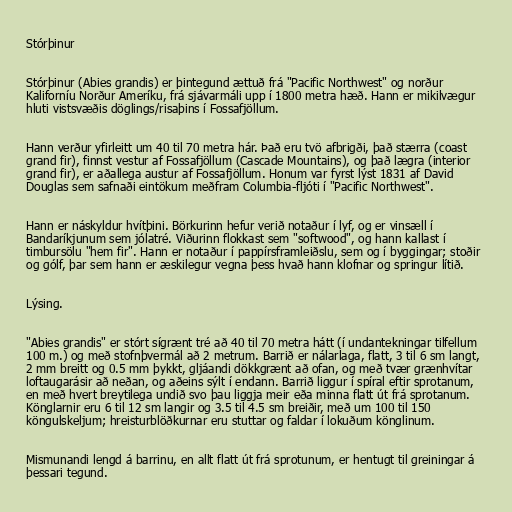
Stórþinur

Stórþinur (Abies grandis) er þintegund ættuð frá "Pacific Northwest" og norður
Kaliforníu Norður Ameríku, frá sjávarmáli upp í 1800 metra hæð. Hann er mikilvægur
hluti vistsvæðis döglings/risaþins í Fossafjöllum.

Hann verður yfirleitt um 40 til 70 metra hár. Það eru tvö afbrigði, það stærra (coast
grand fir), finnst vestur af Fossafjöllum (Cascade Mountains), og það lægra (interior
grand fir), er aðallega austur af Fossafjöllum. Honum var fyrst lýst 1831 af David
Douglas sem safnaði eintökum meðfram Columbia-fljóti í "Pacific Northwest".

Hann er náskyldur hvítþini. Börkurinn hefur verið notaður í lyf, og er vinsæll í
Bandaríkjunum sem jólatré. Viðurinn flokkast sem "softwood", og hann kallast í
timbursölu "hem fir". Hann er notaður í pappírsframleiðslu, sem og í byggingar; stoðir
og gólf, þar sem hann er æskilegur vegna þess hvað hann klofnar og springur lítið.

Lýsing.

"Abies grandis" er stórt sígrænt tré að 40 til 70 metra hátt (í undantekningar tilfellum
100 m.) og með stofnþvermál að 2 metrum. Barrið er nálarlaga, flatt, 3 til 6 sm langt,
2 mm breitt og 0.5 mm þykkt, gljáandi dökkgrænt að ofan, og með tvær grænhvítar
loftaugarásir að neðan, og aðeins sýlt í endann. Barrið liggur í spíral eftir sprotanum,
en með hvert breytilega undið svo þau liggja meir eða minna flatt út frá sprotanum.
Könglarnir eru 6 til 12 sm langir og 3.5 til 4.5 sm breiðir, með um 100 til 150
köngulskeljum; hreisturblöðkurnar eru stuttar og faldar í lokuðum könglinum.

Mismunandi lengd á barrinu, en allt flatt út frá sprotunum, er hentugt til greiningar á
þessari tegund.